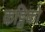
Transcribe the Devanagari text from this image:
कट्टिको